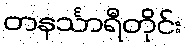
တနင်္သာရီတိုင်း